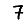
Digit: 7